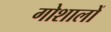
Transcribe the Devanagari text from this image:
गोशालों